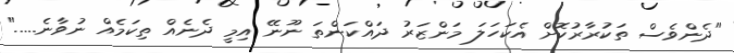
"ދެންވެސް ތަކުރާރުކޮށް އެކަހަލަ މަންޒަރު ދައްކަންތަ ނޫނޭ އިމީ ދެނެއް ތިކަމެއް ނުވާނެ....."